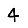
Digit: 4